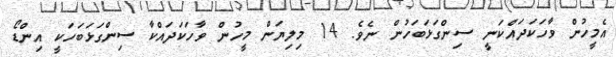
އެމީހުން ވާހަކަދައްކަނީ ސިންގަޅަބަހުން ނެވެ. 14 މިލިޔަން މީހުން ވާހަކަދައްކާ ސިންގަޅަބަހަކީ އިންޑޯ